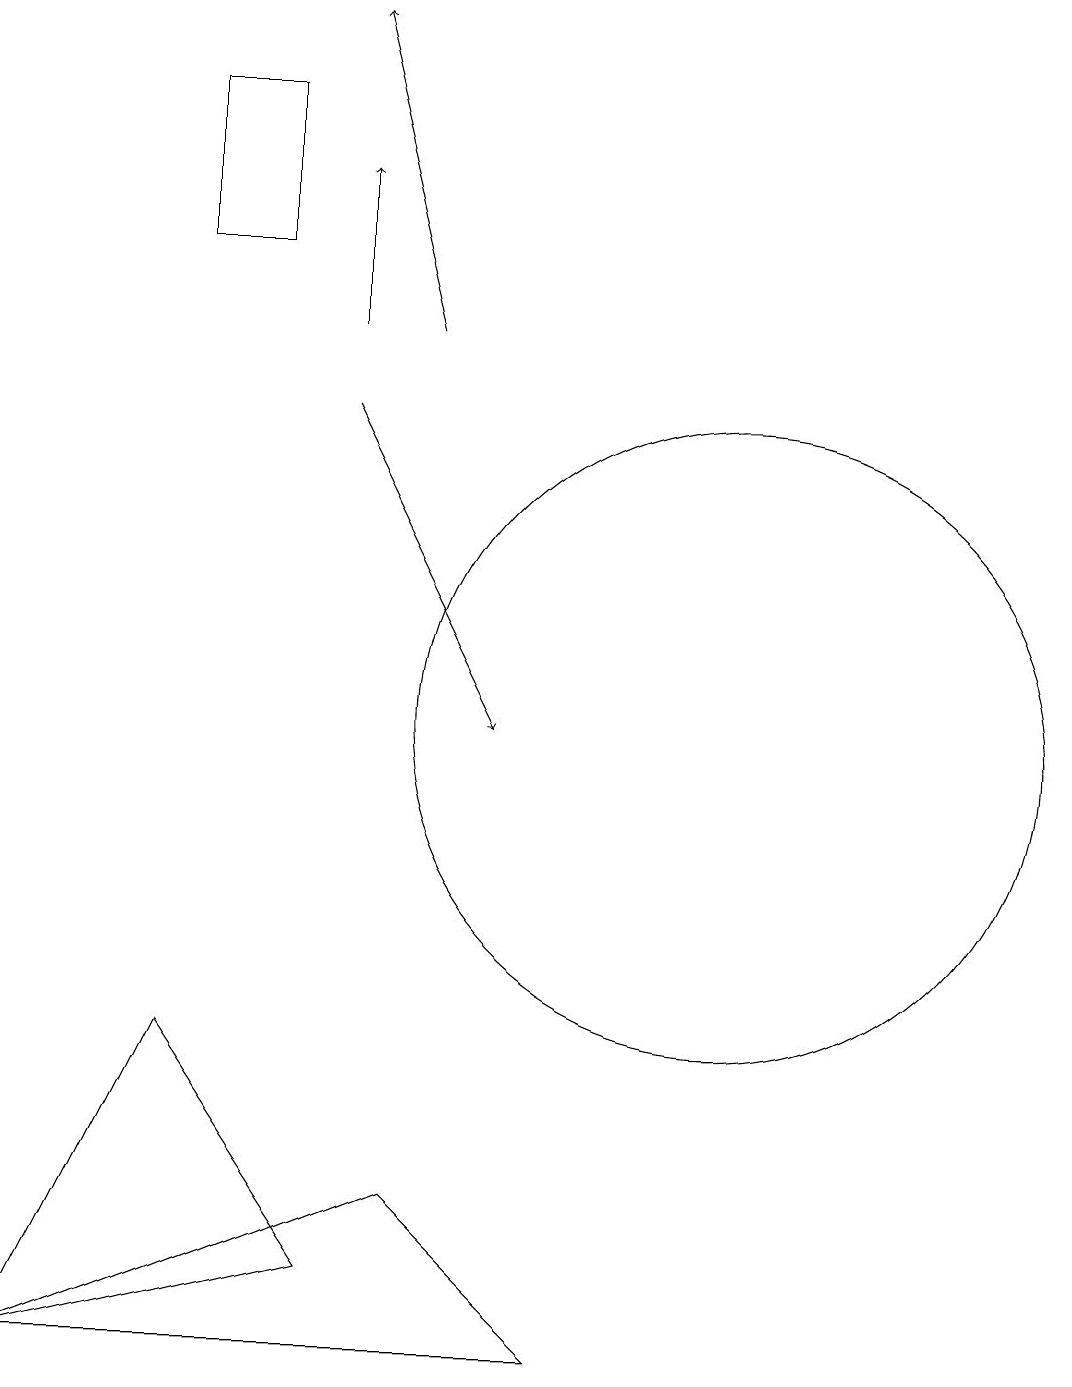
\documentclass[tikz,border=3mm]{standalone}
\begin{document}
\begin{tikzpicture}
\draw (6,3) -- (2,2) -- (4,6) -- cycle;
\draw[->] (7,15) -- (6,19);
\draw (11,10) circle (4);
\draw[->] (6,14) -- (8,10);
\draw[->] (6,15) -- (6,17);
\draw (9,2) -- (7,4) -- (2,2) -- cycle;
\draw (4,18) rectangle (5,16);
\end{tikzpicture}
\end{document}